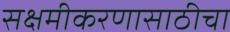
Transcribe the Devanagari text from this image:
सक्षमीकरणासाठीचा